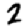
Digit: 2